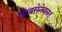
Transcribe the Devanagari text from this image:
शिवसेनेबाबत